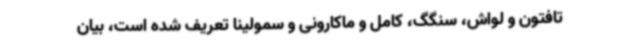
تافتون و لواش، سنگگ، کامل و ماکارونی و سمولینا تعریف شده است، بیان